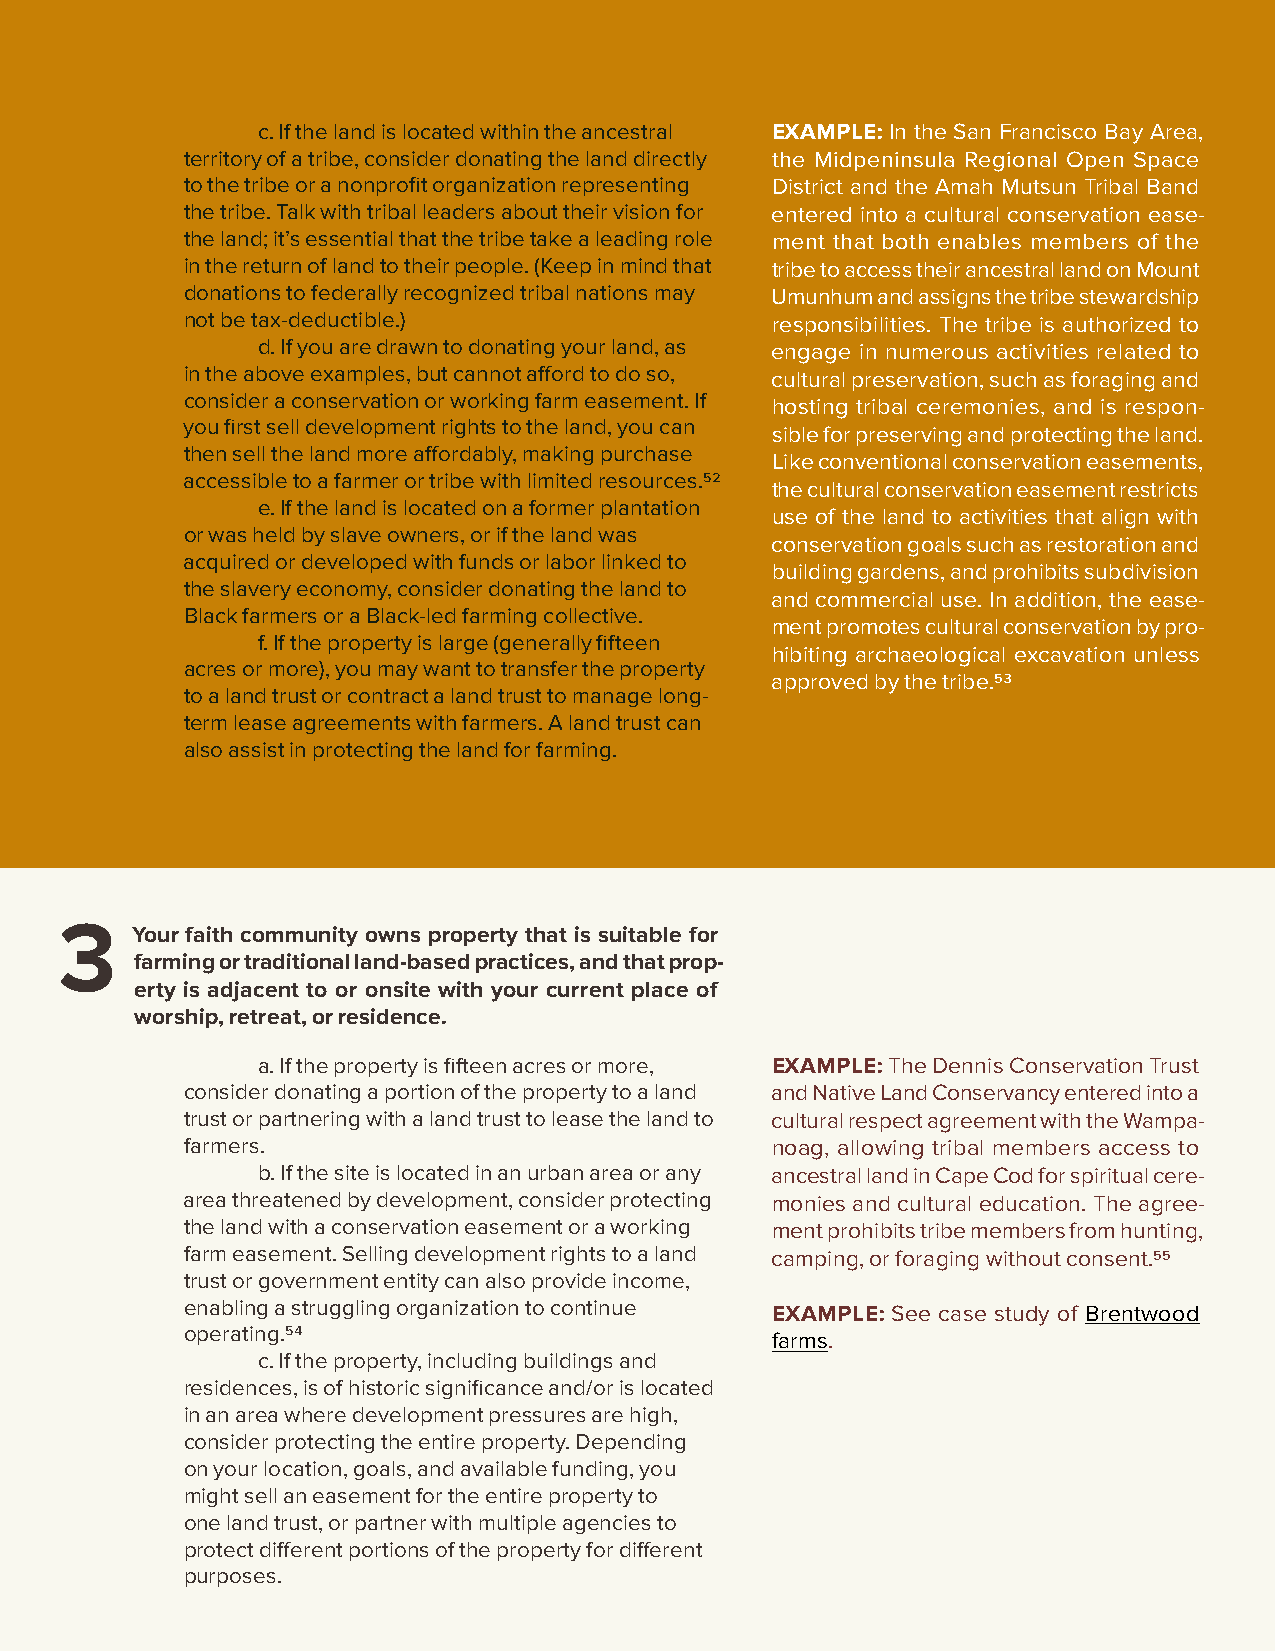
c. If the land is located within the ancestral EXAMPLE: In the San Francisco Bay Area,
 territory of a tribe, consider donating the land directly the Midpeninsula Regional Open Space
 to the tribe or a nonprofit organization representing District and the Amah Mutsun Tribal Band
 the tribe. Talk with tribal leaders about their vision for entered into a cultural conservation ease-
 the land; it’s essential that the tribe take a leading role ment that both enables members of the
 in the return of land to their people. (Keep in mind that tribe to access their ancestral land on Mount
 donations to federally recognized tribal nations may Umunhum and assigns the tribe stewardship
 not be tax-deductible.)                responsibilities. The tribe is authorized to
 d. If you are drawn to donating your land, as engage in numerous activities related to
 in the above examples, but cannot afford to do so, cultural preservation, such as foraging and
 consider a conservation or working farm easement. If
 hosting tribal ceremonies, and is respon-
 you first sell development rights to the land, you can
 sible for preserving and protecting the land.
 then sell the land more affordably, making purchase
 Like conventional conservation easements,
 accessible to a farmer or tribe with limited resources.52
 the cultural conservation easement restricts
 e. If the land is located on a former plantation
 use of the land to activities that align with
 or was held by slave owners, or if the land was
 conservation goals such as restoration and
 acquired or developed with funds or labor linked to
 building gardens, and prohibits subdivision
 the slavery economy, consider donating the land to
 and commercial use. In addition, the ease-
 Black farmers or a Black-led farming collective.
 ment promotes cultural conservation by pro-
 f. If the property is large (generally fifteen
 hibiting archaeological excavation unless
 acres or more), you may want to transfer the property
 approved by the tribe.53
 to a land trust or contract a land trust to manage long-
 term lease agreements with farmers. A land trust can
 also assist in protecting the land for farming.
 Your faith community owns property that is suitable for
 farming or traditional land-based practices, and that prop-
 erty is adjacent to or onsite with your current place of
 worship, retreat, or residence.
 a. If the property is fifteen acres or more, EXAMPLE: The Dennis Conservation Trust
 consider donating a portion of the property to a land and Native Land Conservancy entered into a
 trust or partnering with a land trust to lease the land to cultural respect agreement with the Wampa-
 farmers.                               noag, allowing tribal members access to
 b. If the site is located in an urban area or any ancestral land in Cape Cod for spiritual cere-
 area threatened by development, consider protecting monies and cultural education. The agree-
 the land with a conservation easement or a working ment prohibits tribe members from hunting,
 farm easement. Selling development rights to a land camping, or foraging without consent.55
 trust or government entity can also provide income,
 enabling a struggling organization to continue EXAMPLE: See case study of Brentwood
 operating.54
 farms.
 c. If the property, including buildings and
 residences, is of historic significance and/or is located
 in an area where development pressures are high,
 consider protecting the entire property. Depending
 on your location, goals, and available funding, you
 might sell an easement for the entire property to
 one land trust, or partner with multiple agencies to
 protect different portions of the property for different
 purposes.